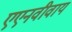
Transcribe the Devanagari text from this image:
एएनवीवाय